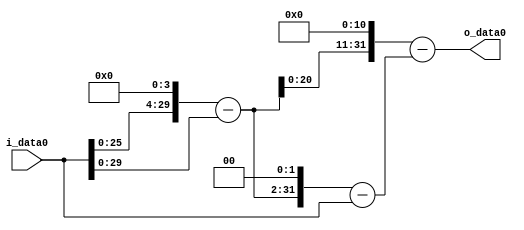
module multiplier_block_101 (
    i_data0,
    o_data0
);
  input   [31:0] i_data0;
  output  [31:0]
    o_data0;
  wire [31:0]
    w1,
    w16,
    w15,
    w60,
    w59,
    w30720,
    w30661;
  assign w1 = i_data0;
  assign w15 = w16 - w1;
  assign w16 = w1 << 4;
  assign w30661 = w30720 - w59;
  assign w30720 = w15 << 11;
  assign w59 = w60 - w1;
  assign w60 = w15 << 2;
  assign o_data0 = w30661;
endmodule